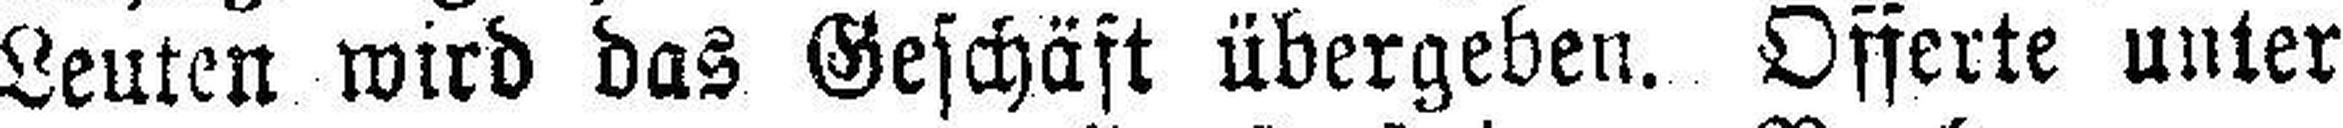
Leuten wird das Geschäft übergeben. Offerte unter